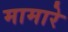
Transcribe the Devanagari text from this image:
मामारे